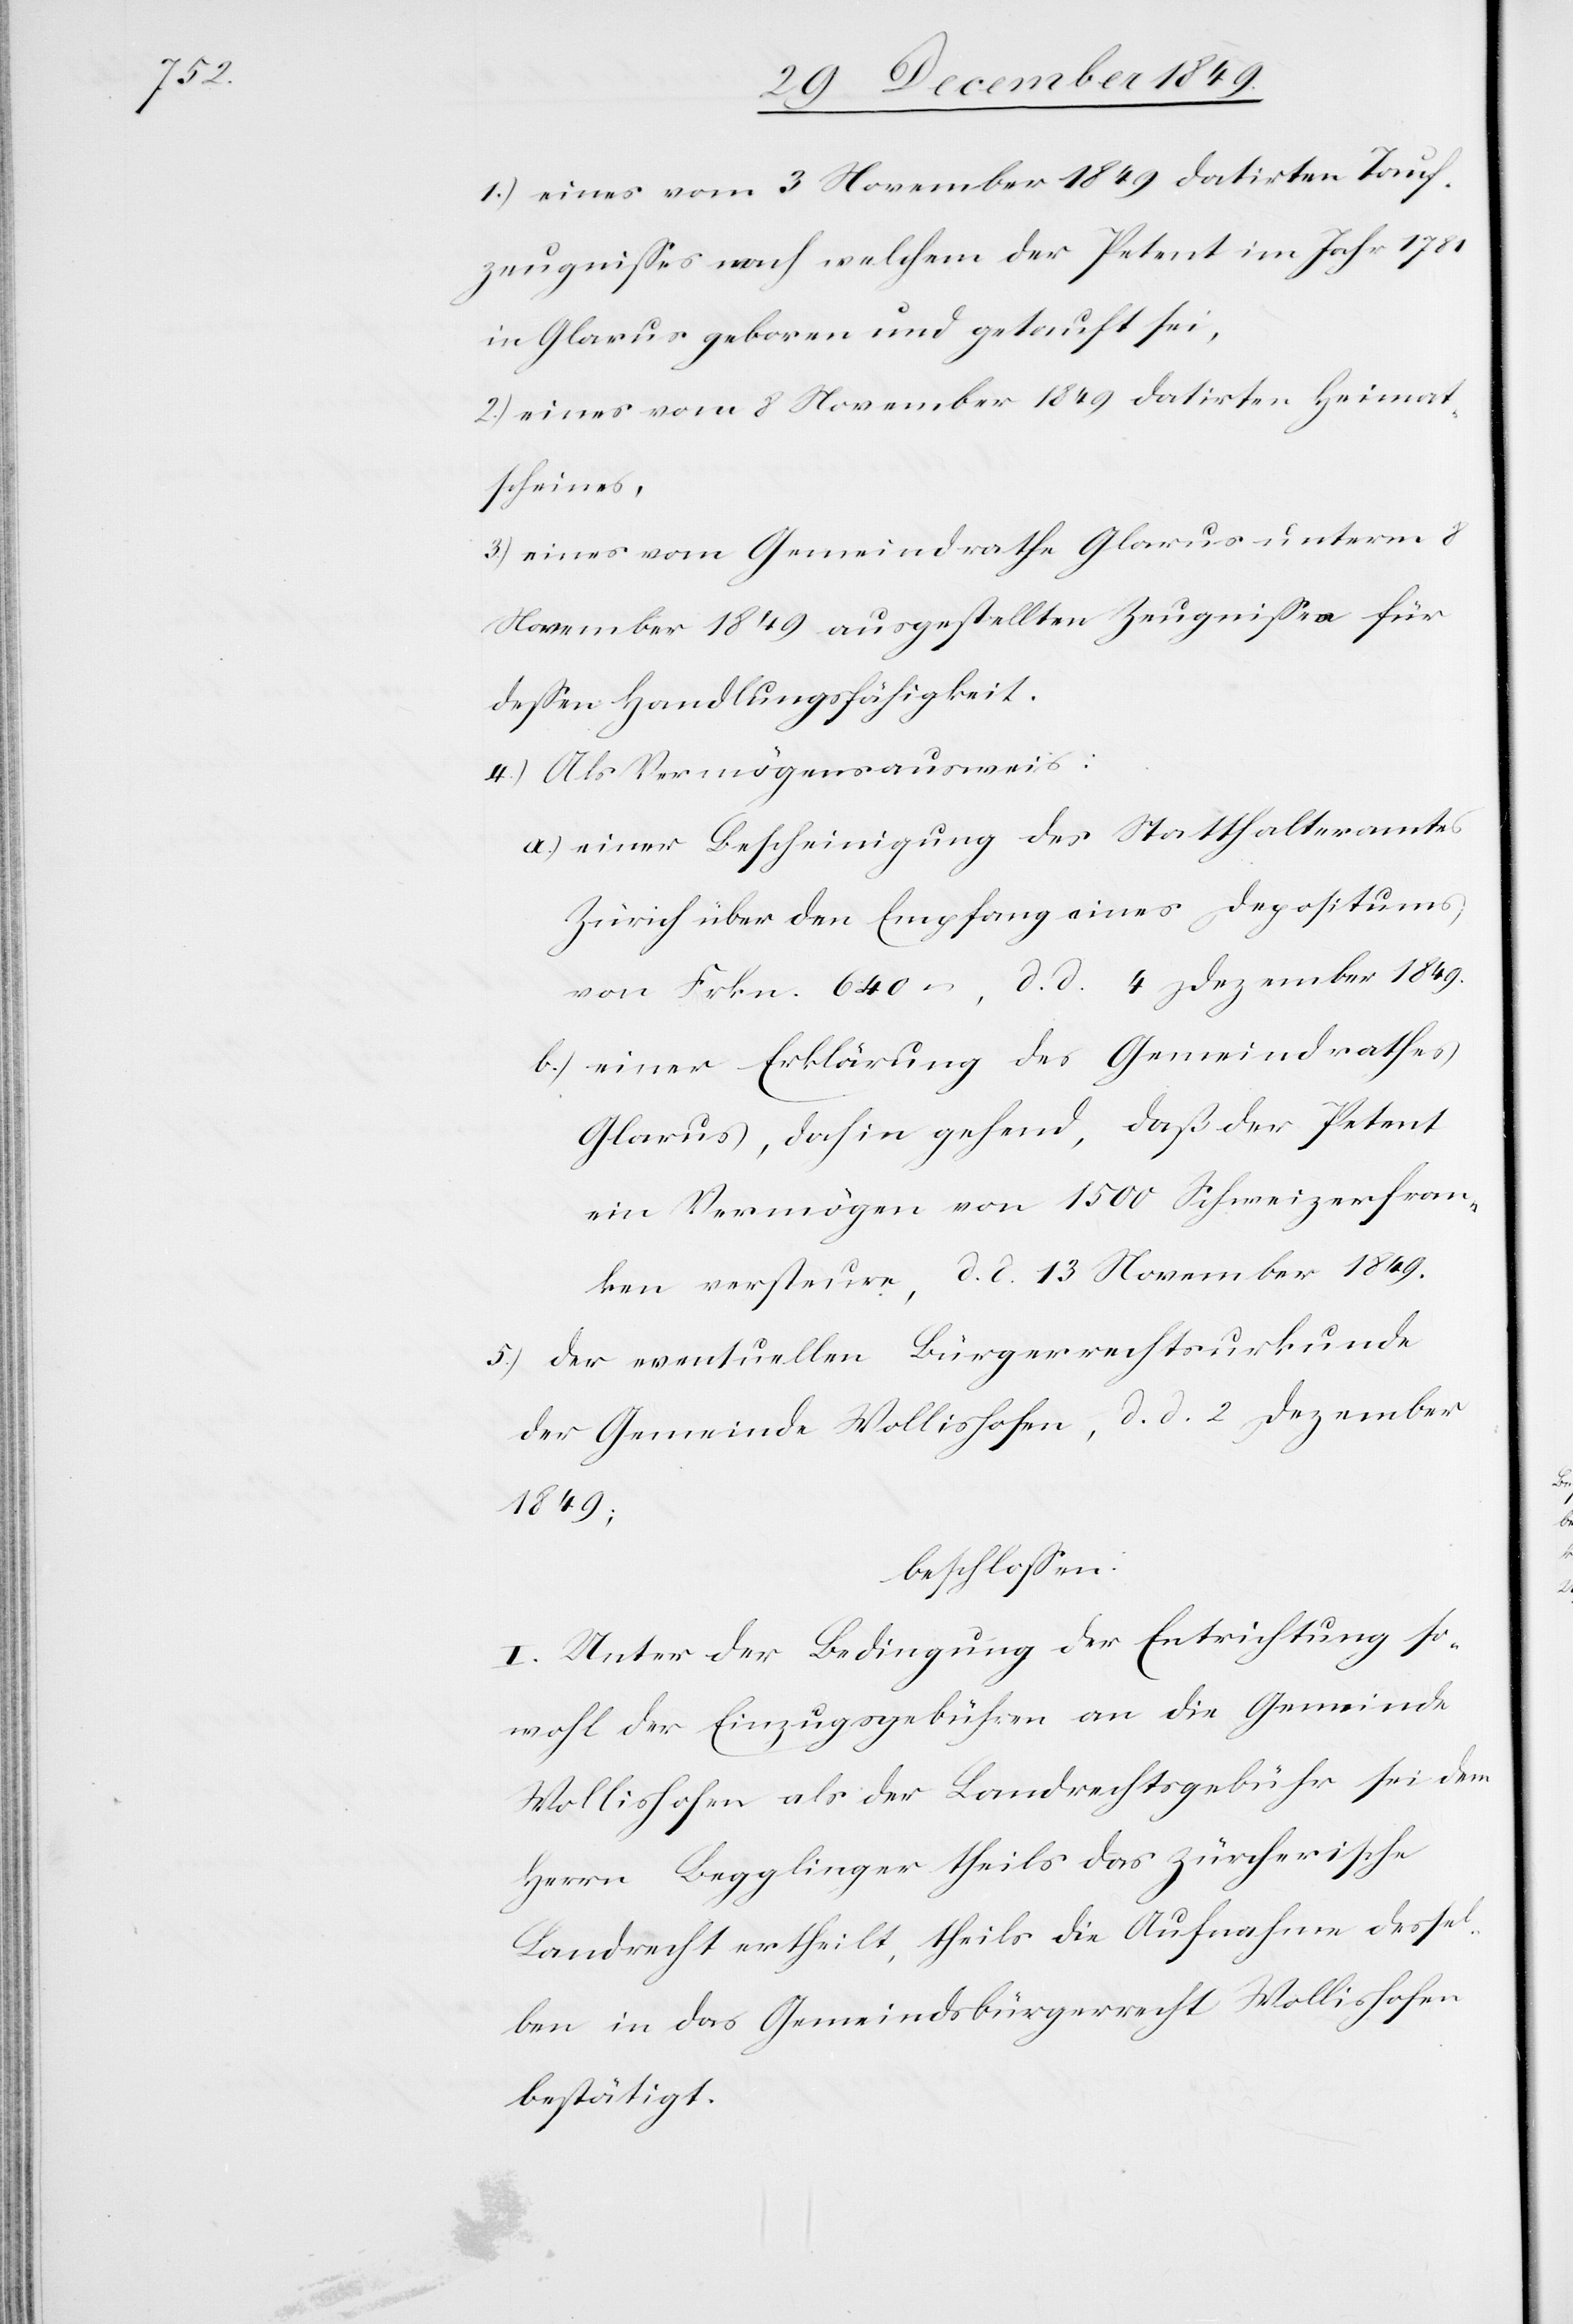
1.) eines vom 3 November 1849 datirten Tauf¬
zeugnißes nach welchem der Petent im Jahr 1781
in Glarus geboren und getauft sei,
2.) eines vom 8 November 1849 datirten Heimat¬
scheines,
3.) eines vom Gemeindrathe Glarus unterm 8
November 1849 ausgestellten Zeugnißes für
deßen Handlungsfähigkeit.
4.) Als Vermögensausweis:
a.) einer Bescheinigung des Statthalteramtes
Zürich über den Empfang eines Depositums
von Frkn. 640 –, d. d. 4 Dezember 1849.
b.) einer Erklärung des Gemeindrathes
Glarus, dahin gehend, daß der Petent
ein Vermögen von 1500 Schweizerfran¬
ken versteure, d. d. 13 November 1849.
5.) der eventuellen Bürgerrechtsurkunde
der Gemeinde Wollishofen, d. d. 2 Dezember
1849;
beschloßen:
I. Unter der Bedingung der Entrichtung so¬
wohl der Einzugsgebühren an die Gemeinde
Wollishofen als der Landrechtsgebühr sei dem
Herrn Begglinger theils das zürcherische
Landrecht ertheilt, theils die Aufnahme dessel¬
ben in das Gemeindsbürgerrecht Wollishofen
bestätigt.